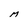
Character: M